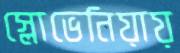
স্লোভেনিয়ায়